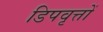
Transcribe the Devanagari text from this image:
डिपवृत्तों